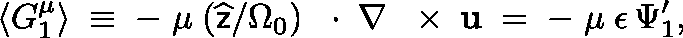
\left\langle G _ { 1 } ^ { \mu } \right\rangle \; \equiv \; - \; \mu \; ( \widehat { \sf z } / \Omega _ { 0 } ) \, \mathrm { ~ \boldmath ~ \cdot ~ } \, \nabla \, \mathrm { ~ \boldmath ~ \times ~ } \, { \bf u } \; = \; - \; \mu \; \epsilon \, \Psi _ { 1 } ^ { \prime } ,